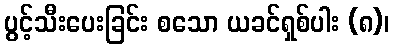
ပွင့်သီးပေးခြင်း စသော ယခင်ရှစ်ပါး (၈)၊